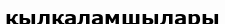
қылқаламшылары